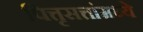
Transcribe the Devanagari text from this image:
पित्तृसत्तांमध्ये